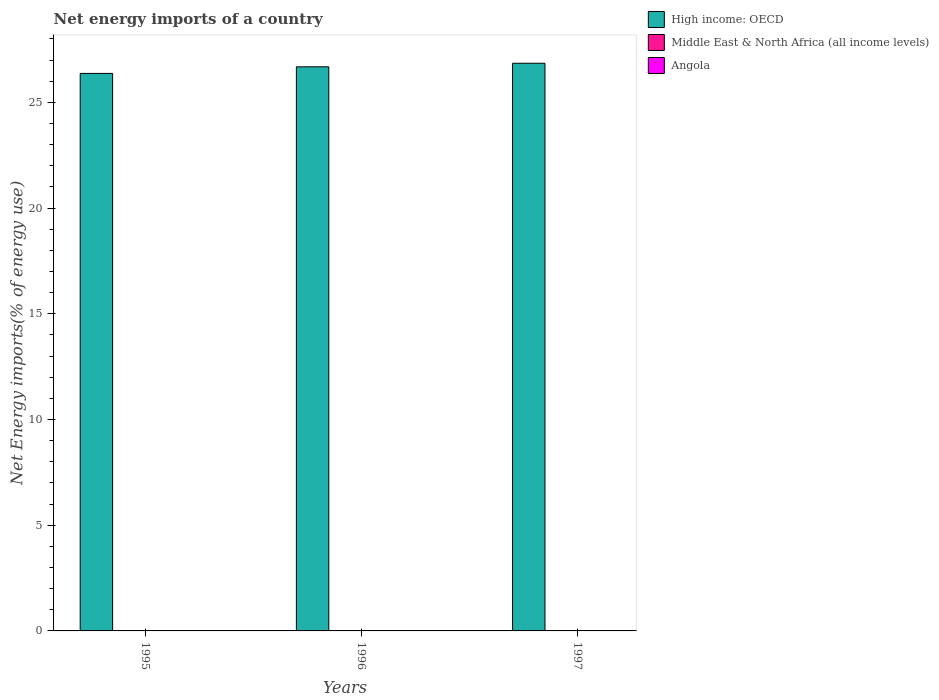
| Years | High income: OECD | Middle East & North Africa (all income levels) | Angola |
 | --- | --- | --- | --- |
 | 1995 | 26.4 | -237 | -469 |
 | 1996 | 26.7 | -233 | -500 |
 | 1997 | 26.9 | -231 | -510 |